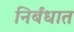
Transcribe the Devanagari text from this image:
निर्बंधात